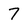
Character: 7